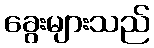
ခွေးများသည်